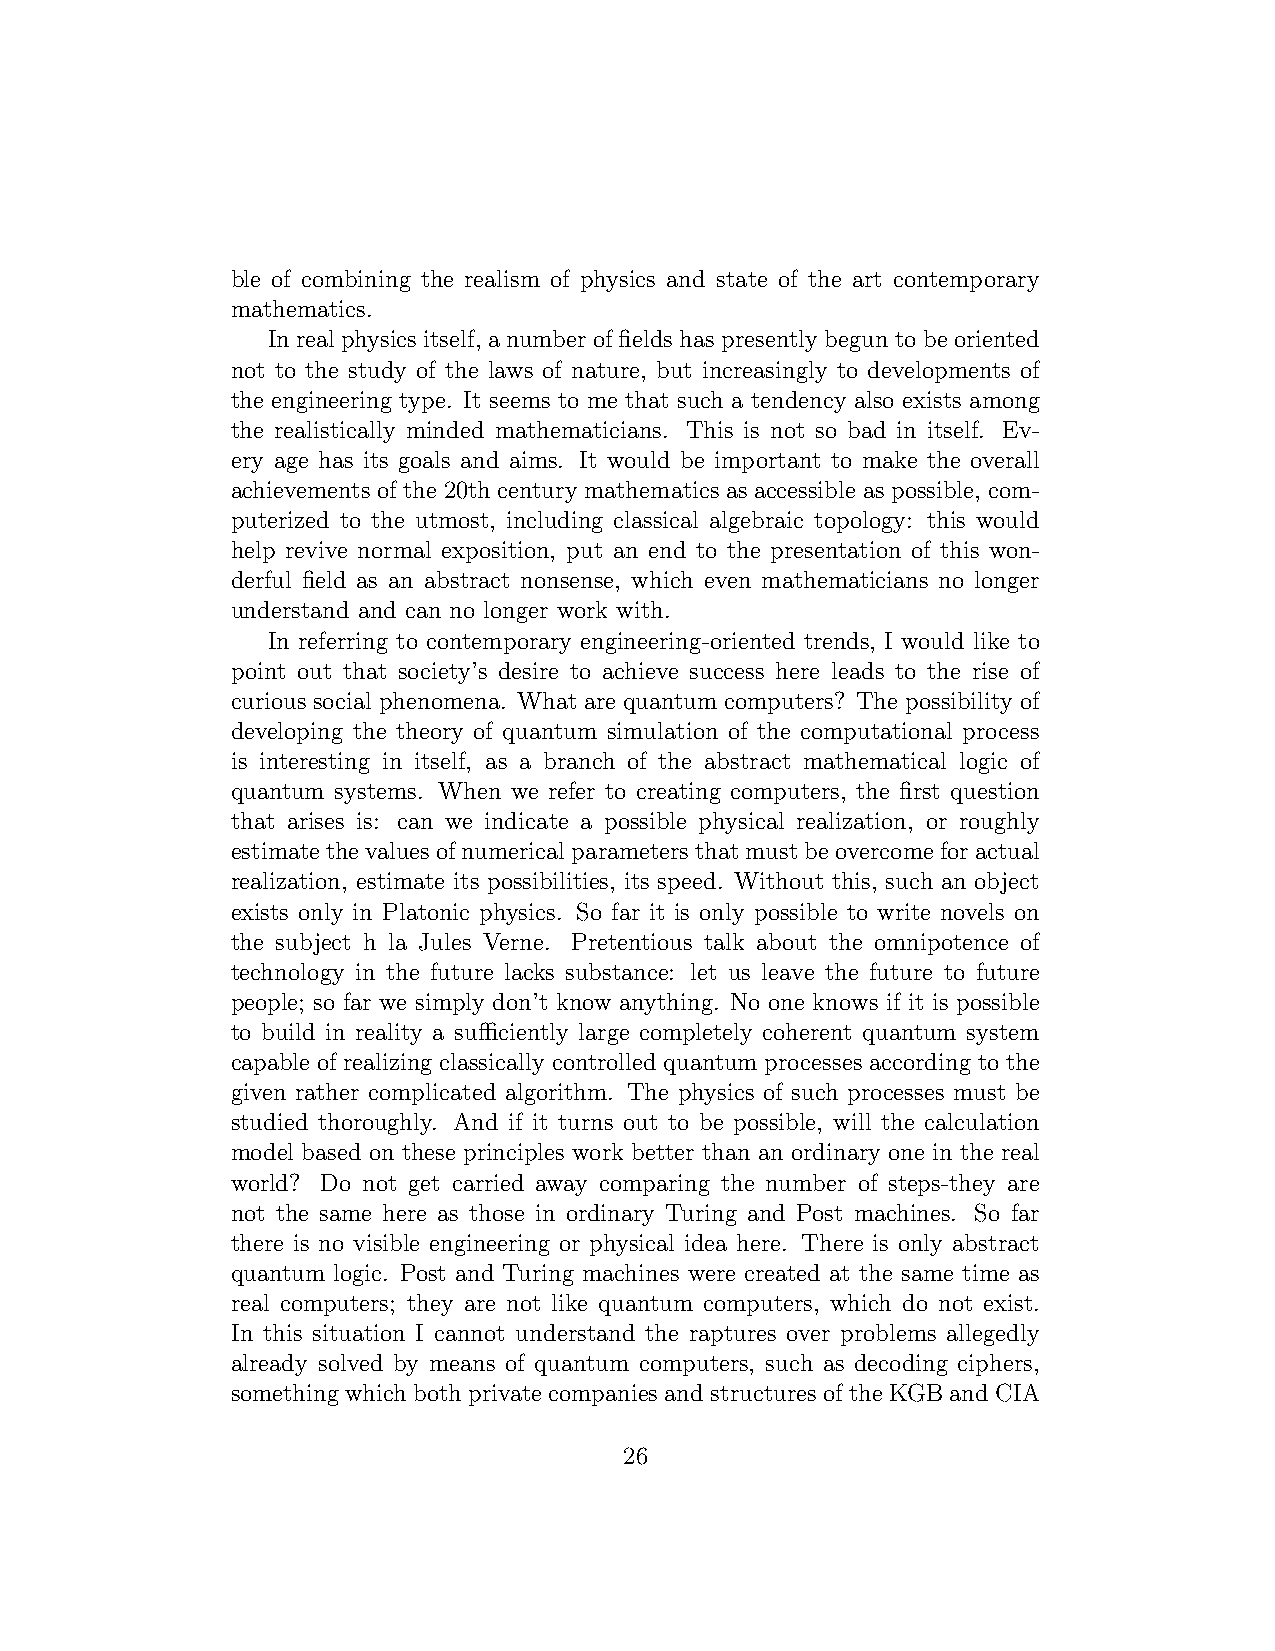
ble of combining the realism of physics and state of the art contemporary
 mathematics.
 In real physicsitself, a number of fields has presently begun to be oriented
 not to the study of the laws of nature, but increasingly to developments of
 the engineering type. It seems to me that such a tendency also exists among
 the realistically minded mathematicians. This is not so bad in itself. Ev-
 ery age has its goals and aims. It would be important to make the overall
 achievements of the 20th century mathematics as accessible as possible, com-
 puterized to the utmost, including classical algebraic topology: this would
 help revive normal exposition, put an end to the presentation of this won-
 derful field as an abstract nonsense, which even mathematicians no longer
 understand and can no longer work with.
 In referring to contemporary engineering-oriented trends, I would like to
 point out that society’s desire to achieve success here leads to the rise of
 curious social phenomena. What are quantum computers? The possibility of
 developing the theory of quantum simulation of the computational process
 is interesting in itself, as a branch of the abstract mathematical logic of
 quantum systems. When we refer to creating computers, the first question
 that arises is: can we indicate a possible physical realization, or roughly
 estimatethevaluesofnumericalparametersthatmustbeovercomeforactual
 realization, estimate its possibilities, its speed. Without this, such an object
 exists only in Platonic physics. So far it is only possible to write novels on
 the subject h la Jules Verne. Pretentious talk about the omnipotence of
 technology in the future lacks substance: let us leave the future to future
 people; so far we simply don’t know anything. No one knows if it is possible
 to build in reality a sufficiently large completely coherent quantum system
 capable of realizing classically controlled quantum processes according to the
 given rather complicated algorithm. The physics of such processes must be
 studied thoroughly. And if it turns out to be possible, will the calculation
 model based on these principles work better than an ordinary one in the real
 world? Do not get carried away comparing the number of steps-they are
 not the same here as those in ordinary Turing and Post machines. So far
 there is no visible engineering or physical idea here. There is only abstract
 quantum logic. Post and Turing machines were created at the same time as
 real computers; they are not like quantum computers, which do not exist.
 In this situation I cannot understand the raptures over problems allegedly
 already solved by means of quantum computers, such as decoding ciphers,
 something whichboth privatecompanies and structures ofthe KGBandCIA
 26